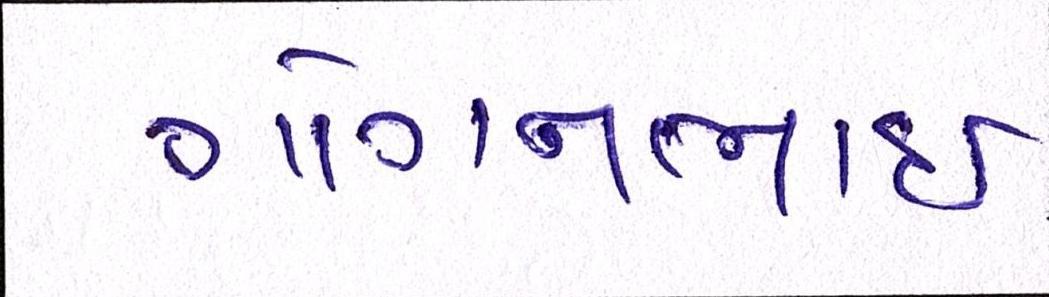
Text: ગોગનભાઇ